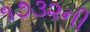
૧૭૩૨ની